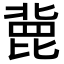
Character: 𣬏